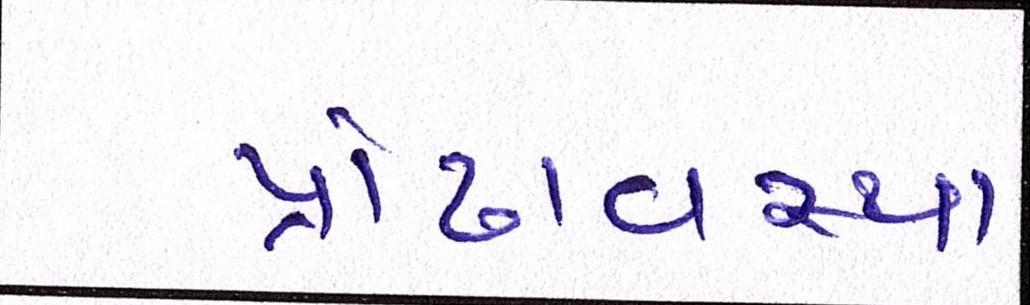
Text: પ્રૌઢાવસ્થા